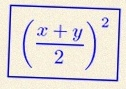
\left(\frac{x+y}{2}\right)^2